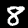
Label: 8